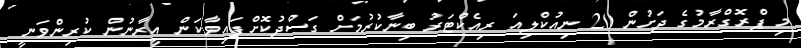
މި ޕްރޮގްރާމުގެ ދަށުން 20 ނިއުކްލިއަ ރިއެކްޓަރު ބިނާކުރުމަށް ގަސްދުކޮށްފައިވާކަން އީރާނުން ކުރިންވަނީ